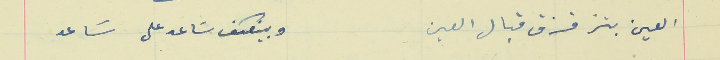
العين بتزقزق قبال العين                                           وبينعكف سَاعد على سَاعد